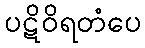
ပဋိဝိရတံပေ